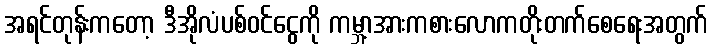
အရင်တုန်းကတော့ ဒီအိုလံပစ်ဝင်ငွေကို ကမ္ဘာ့အားကစားလောကတိုးတက်စေရေးအတွက်